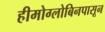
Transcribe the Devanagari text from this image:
हीमोग्लोबिनपासून